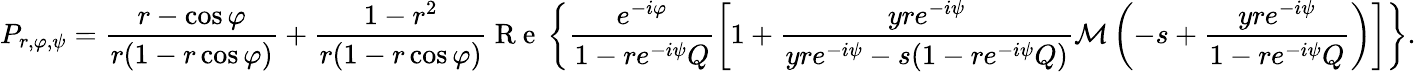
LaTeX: P_{r,\varphi,\psi}=\frac{r-\cos\varphi}{r(1-r\cos\varphi)}+\frac{1-r^{2}}{r(1-r\cos\varphi)}\mathrm{~R~e~}\left\{ \frac{e^{-i\varphi}}{1-re^{-i\psi}Q}\left[1+\frac{yre^{-i\psi}}{yre^{-i\psi}-s(1-re^{-i\psi}Q)}\mathcal{M}\left(-s+\frac{yre^{-i\psi}}{1-re^{-i\psi}Q}\right)\right]\right\} .